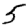
Digit: 5